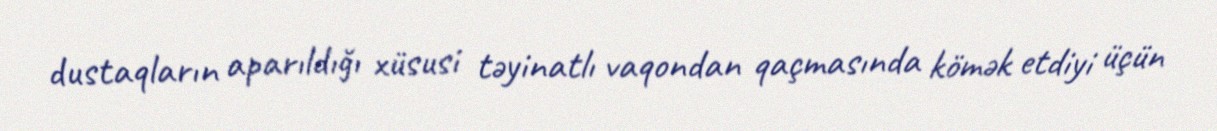
dustaqların aparıldığı xüsusi təyinatlı vaqondan qaçmasında kömək etdiyi üçün